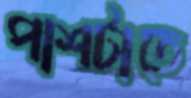
পাশটাতে